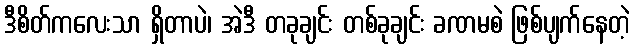
ဒီစိတ်ကလေးသာ ရှိတာပဲ၊ အဲဒီ တခုချင်း တစ်ခုချင်း ခဏမစဲ ဖြစ်ပျက်နေတဲ့